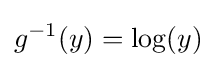
g^{-1}(y)=\log(y)